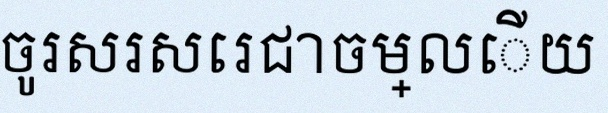
ចូរសរសេរជាចម្លើយ